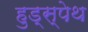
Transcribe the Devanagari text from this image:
हुड्स्पेथ